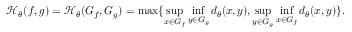
\mathcal { H } _ { \theta } ( f , g ) = \mathcal { H } _ { \theta } ( G _ { f } , G _ { g } ) = \operatorname* { m a x } \{ \operatorname* { s u p } _ { x \in G _ { f } } \operatorname* { i n f } _ { y \in G _ { g } } d _ { \theta } ( x , y ) , \operatorname* { s u p } _ { y \in G _ { g } } \operatorname* { i n f } _ { x \in G _ { f } } d _ { \theta } ( x , y ) \} .